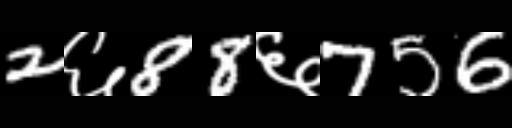
Text: 2६88६756